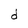
Character: d